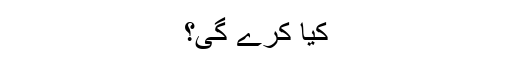
کیا کرے گی؟